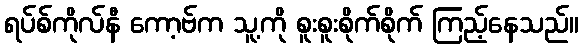
ရပ်စ်ကိုလ်နီ ကော့ဗ်က သူ့ကို စူးစူးစိုက်စိုက် ကြည့်နေသည်။